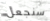
سنجعل